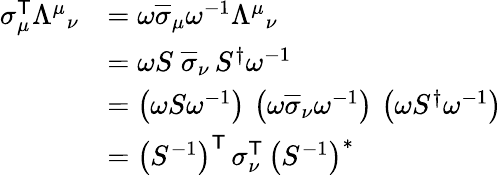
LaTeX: {\begin{array}{rl}{\sigma_{\mu}^{\textsf{T}}{\Lambda^{\mu}}_{\nu}}&{=\omega{\overline{{\sigma}}}_{\mu}\omega^{-1}{\Lambda^{\mu}}_{\nu}}\\ &{=\omega S\; {\overline{{\sigma}}}_{\nu}\, S^{\dagger}\omega^{-1}}\\ &{=\left(\omega S\omega^{-1}\right)\, \left(\omega{\overline{{\sigma}}}_{\nu}\omega^{-1}\right)\, \left(\omega S^{\dagger}\omega^{-1}\right)}\\ &{=\left(S^{-1}\right)^{\textsf{T}}\, \sigma_{\nu}^{\textsf{T}}\, \left(S^{-1}\right)^{*}}\end{array}}